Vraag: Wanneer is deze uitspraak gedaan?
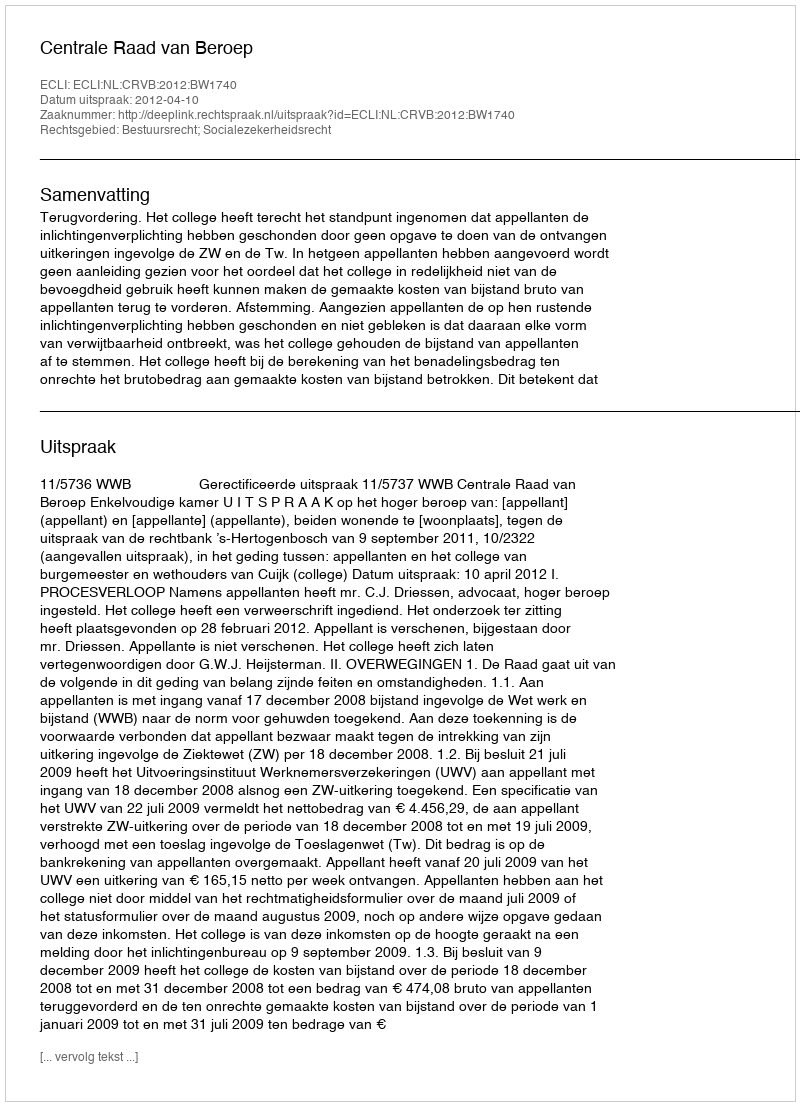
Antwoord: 2012-04-10